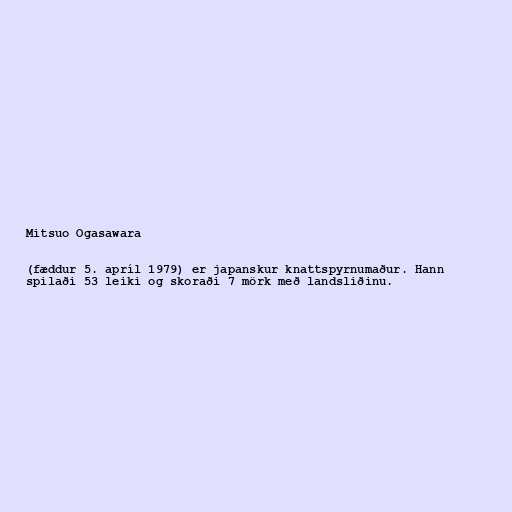
Mitsuo Ogasawara

(fæddur 5. apríl 1979) er japanskur knattspyrnumaður. Hann
spilaði 53 leiki og skoraði 7 mörk með landsliðinu.